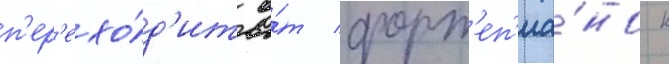
п'ер'ехо́д'ит о́т форт'еп'иа́но к